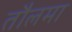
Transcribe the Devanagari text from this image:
तौलमा